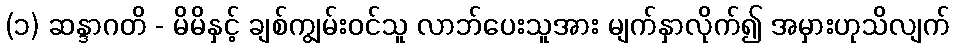
(၁) ဆန္ဒာဂတိ - မိမိနှင့် ချစ်ကျွမ်းဝင်သူ လာဘ်ပေးသူအား မျက်နှာလိုက်၍ အမှားဟုသိလျက်